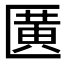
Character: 𫧖